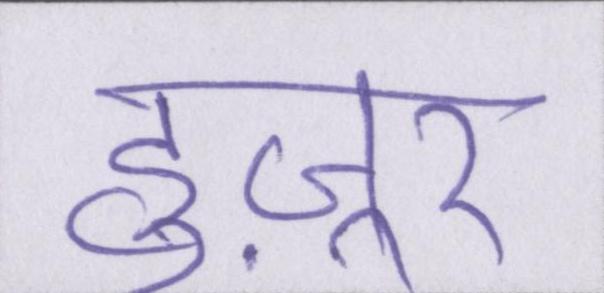
हुज़ूर